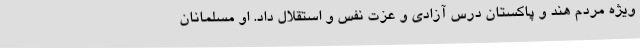
ویژه مردم هند و پاکستان درس آزادی و عزت نفس و استقلال داد. او مسلمانان